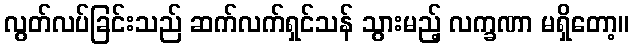
လွတ်လပ်ခြင်းသည် ဆက်လက်ရှင်သန် သွားမည့် လက္ခဏာ မရှိတော့။